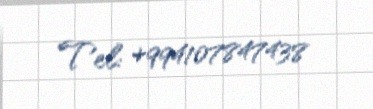
Tel: +994107847438